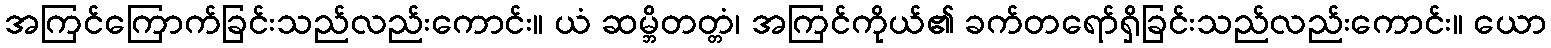
အကြင်ကြောက်ခြင်းသည်လည်းကောင်း။ ယံ ဆမ္ဘိတတ္တံ၊ အကြင်ကိုယ်၏ ခက်တရော်ရှိခြင်းသည်လည်းကောင်း။ ယော